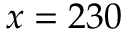
x = 2 3 0